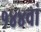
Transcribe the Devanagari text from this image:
१४४वां